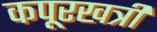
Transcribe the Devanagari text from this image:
कपूरखत्री